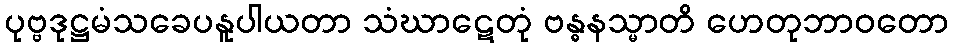
ပုဗ္ဗဒုဋ္ဌမံသခေပနူပါယတာ သံဃာဋေတုံ ဗန္ဓနသ္မာတိ ဟေတုဘာဝတော